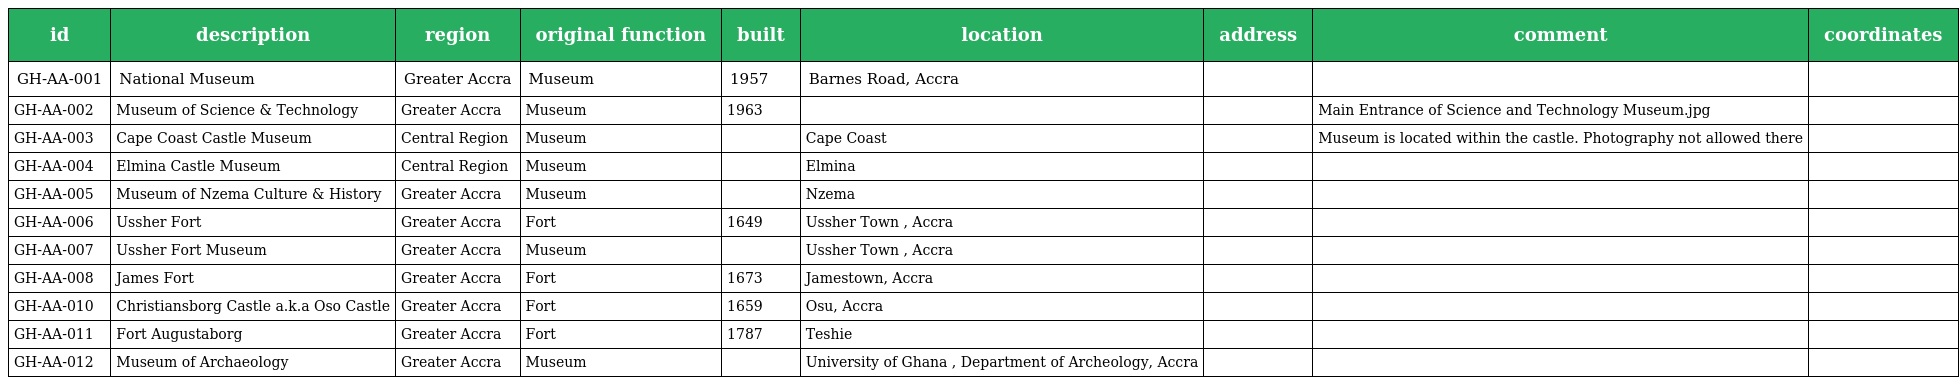
| id | description | region | original function | built | location | address | comment | coordinates |
 | --- | --- | --- | --- | --- | --- | --- | --- | --- |
 | GH-AA-001 | National Museum | Greater Accra | Museum | 1957 | Barnes Road, Accra |  |  |  |
 | GH-AA-002 | Museum of Science & Technology | Greater Accra | Museum | 1963 |  |  | Main Entrance of Science and Technology Museum.jpg |  |
 | GH-AA-003 | Cape Coast Castle Museum | Central Region | Museum |  | Cape Coast |  | Museum is located within the castle. Photography not allowed there |  |
 | GH-AA-004 | Elmina Castle Museum | Central Region | Museum |  | Elmina |  |  |  |
 | GH-AA-005 | Museum of Nzema Culture & History | Greater Accra | Museum |  | Nzema |  |  |  |
 | GH-AA-006 | Ussher Fort | Greater Accra | Fort | 1649 | Ussher Town , Accra |  |  |  |
 | GH-AA-007 | Ussher Fort Museum | Greater Accra | Museum |  | Ussher Town , Accra |  |  |  |
 | GH-AA-008 | James Fort | Greater Accra | Fort | 1673 | Jamestown, Accra |  |  |  |
 | GH-AA-010 | Christiansborg Castle a.k.a Oso Castle | Greater Accra | Fort | 1659 | Osu, Accra |  |  |  |
 | GH-AA-011 | Fort Augustaborg | Greater Accra | Fort | 1787 | Teshie |  |  |  |
 | GH-AA-012 | Museum of Archaeology | Greater Accra | Museum |  | University of Ghana , Department of Archeology, Accra |  |  |  |